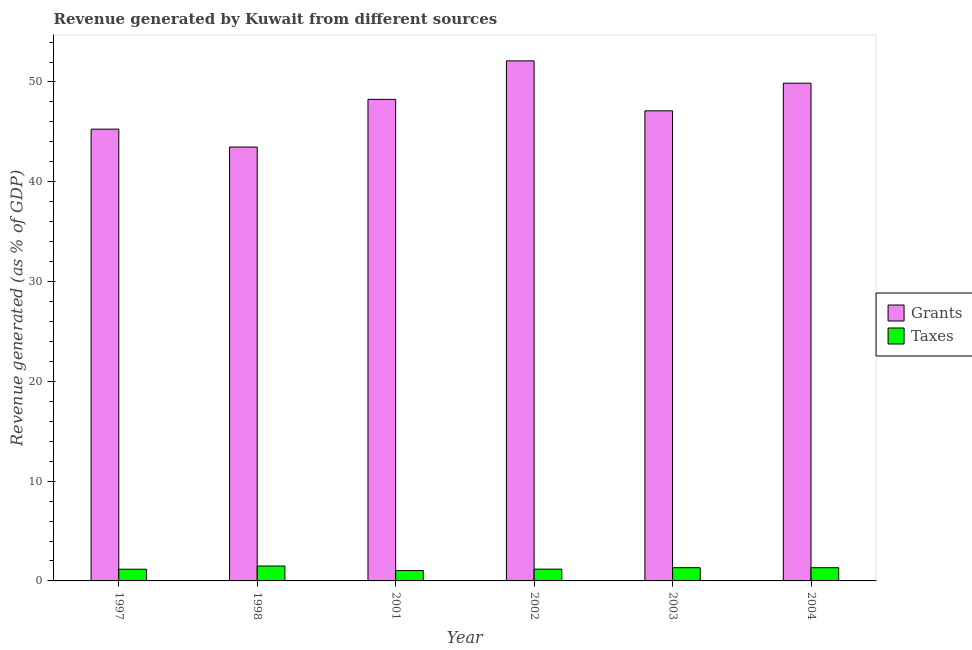
| Year | Grants | Taxes |
 | --- | --- | --- |
 | 1997 | 45.3 | 1.17 |
 | 1998 | 43.5 | 1.49 |
 | 2001 | 48.3 | 1.04 |
 | 2002 | 52.1 | 1.18 |
 | 2003 | 47.1 | 1.32 |
 | 2004 | 49.9 | 1.32 |